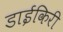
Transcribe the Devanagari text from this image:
डाईकिरी